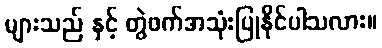
များသည် နှင့် တွဲဖက်အသုံးပြုနိုင်ပါသလား။